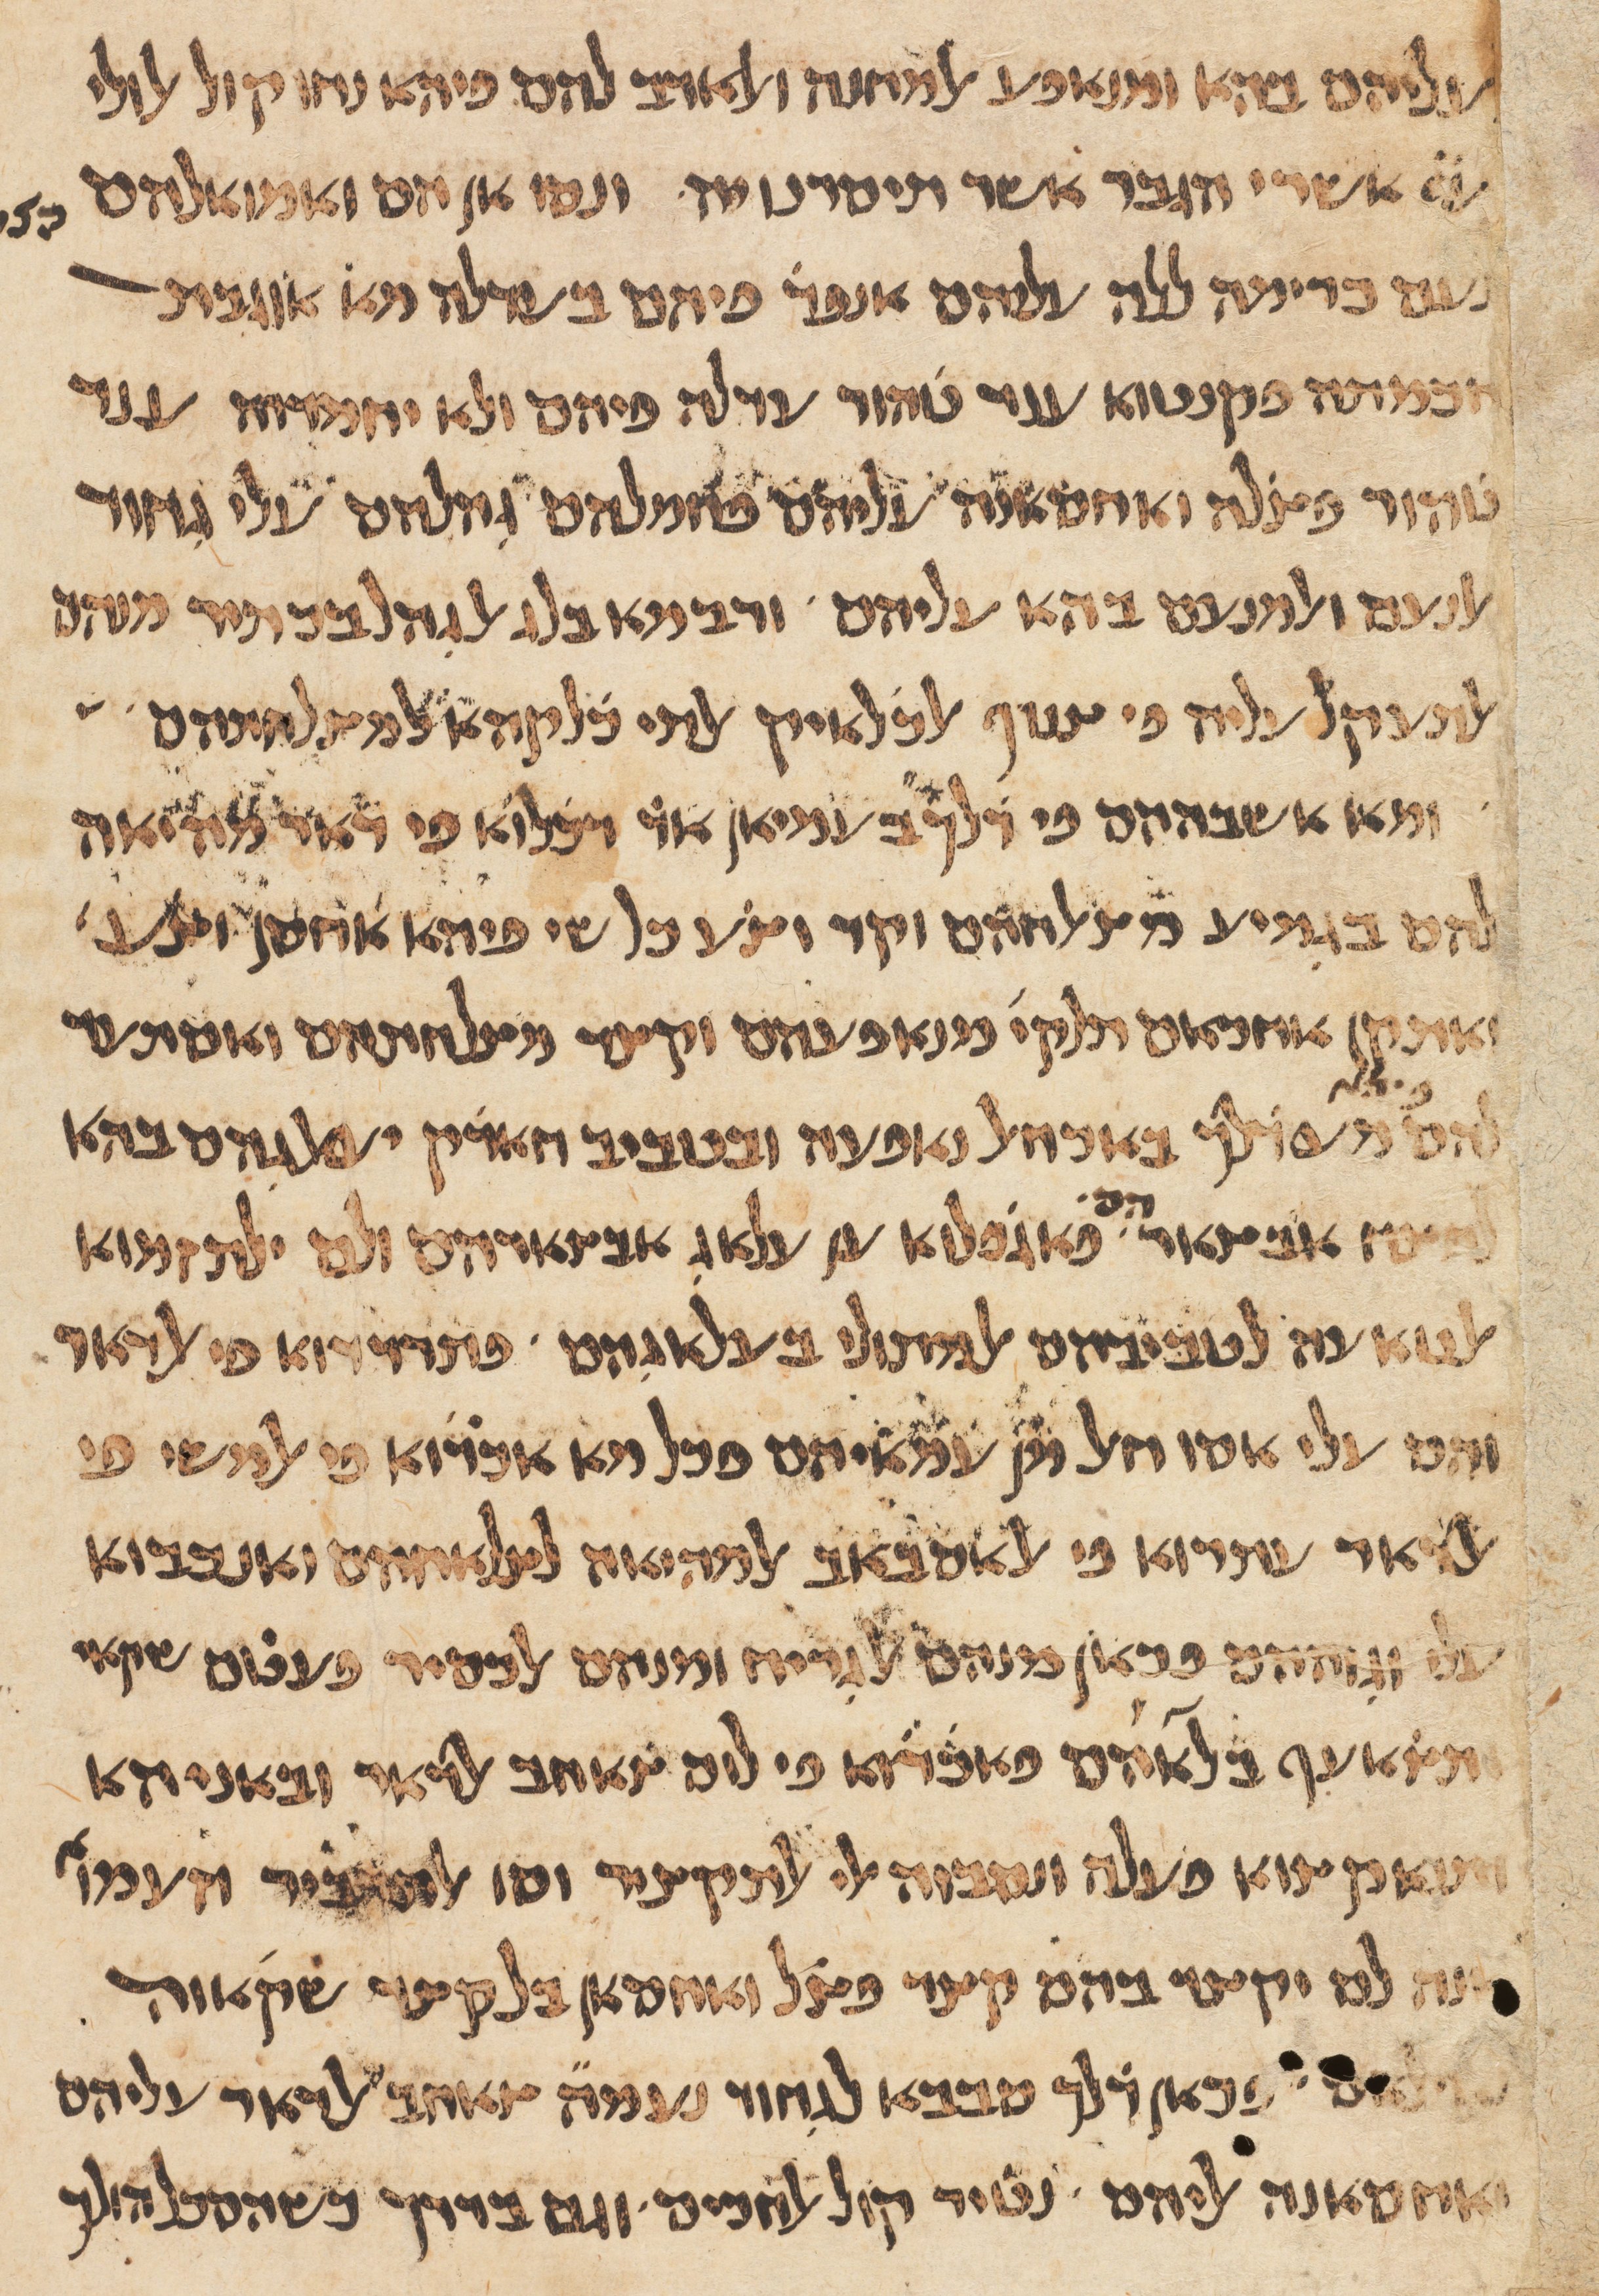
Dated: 1100–1199